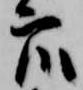
衆